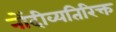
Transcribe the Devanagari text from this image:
नोंदीव्यतिरिक्त